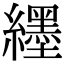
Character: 纆